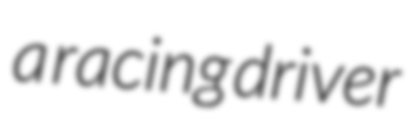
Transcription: a racing driver